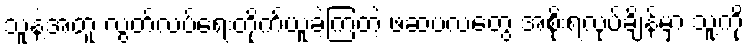
သူနဲ့အတူ လွတ်လပ်ရေးတိုက်ယူခဲ့ကြတဲ့ ဖဆပလတွေ အစိုးရလုပ်ချိန်မှာ သူ့ကို